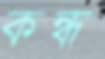
কন্ধ